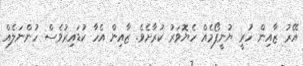
އޭރު ޒާއިން ހުރީ ޔުނީފޯމެއް ހެޔޮވަރު ކުރާށެވެ. ޒާއިން އެހާ ކުޑައިރުވެސް ހުންނަލެއް